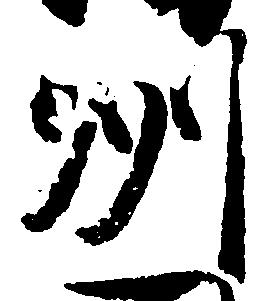
州